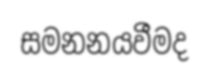
සමනනයවීමද